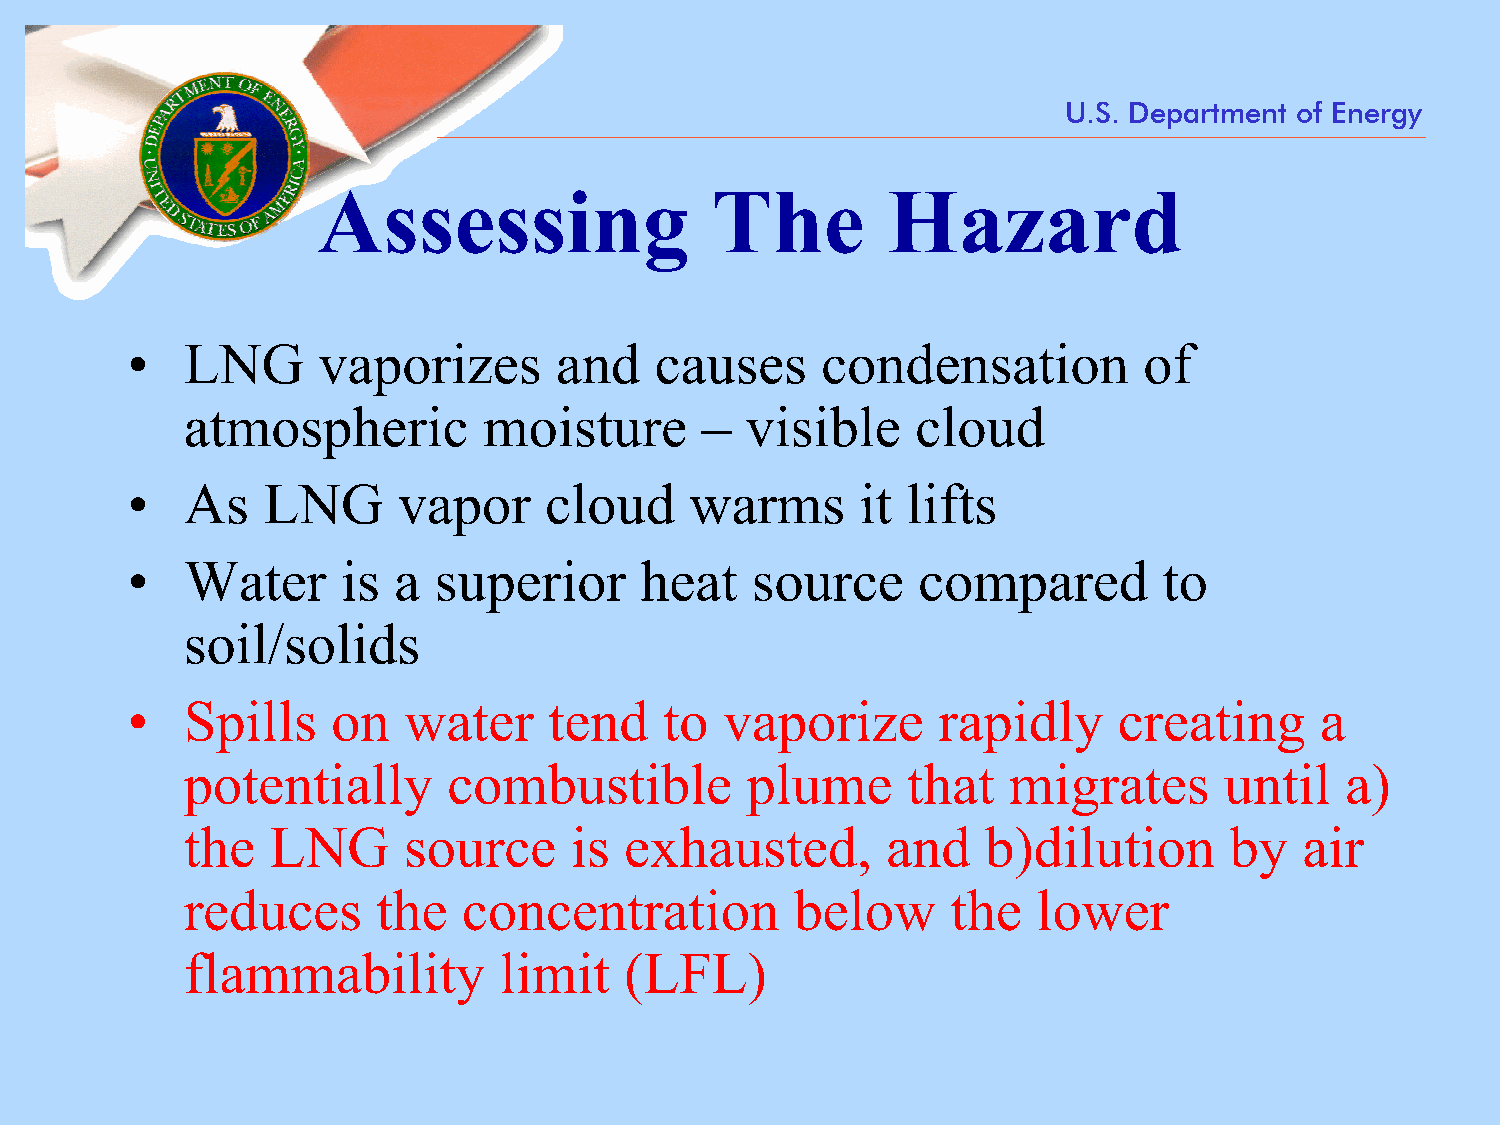
U.S. Department of Energy
 Assessing                 The         Hazard
 •   LNG      vaporizes       and   causes     condensation          of
 atmospheric         moisture      –  visible     cloud
 •   As   LNG      vapor     cloud     warms      it lifts
 •   Water      is a  superior     heat    source     compared        to
 soil/solids
 •   Spills    on   water    tend    to  vaporize      rapidly     creating     a
 potentially       combustible        plume      that   migrates      until   a)
 the   LNG      source     is exhausted,        and   b)dilution      by   air
 reduces      the   concentration         below     the   lower
 flammability         limit   (LFL)